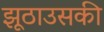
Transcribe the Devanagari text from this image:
झूठाउसकी